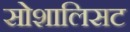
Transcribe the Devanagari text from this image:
सोशालिसट